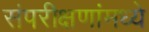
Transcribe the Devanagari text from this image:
संपरीक्षणांमध्ये